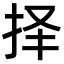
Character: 择